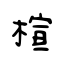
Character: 楦